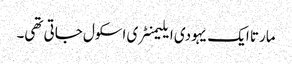
مارتا ایک یہودی ایلیمنٹری اسکول جاتی تھی۔